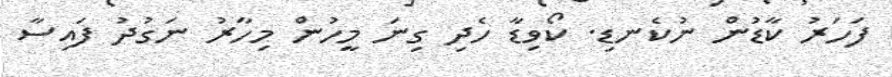
ފަހަރު ކާޑުން ނުކެނޑި. ކޯވިޑާ ހެދި ގިނަ މީހުން މިހާރު ނަގުދު ފައިސާ